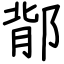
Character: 鄁